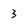
Character: 3